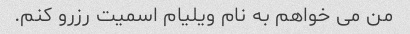
من می خواهم به نام ویلیام اسمیت رزرو کنم.